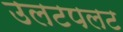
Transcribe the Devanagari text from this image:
उलटपलट